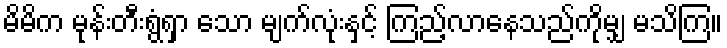
မိမိက မုန်းတီးရွံရှာ သော မျက်လုံးနှင့် ကြည့်လာနေသည်ကိုမျှ မသိကြ။